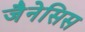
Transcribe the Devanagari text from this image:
जैनेसिस